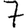
Digit: 7